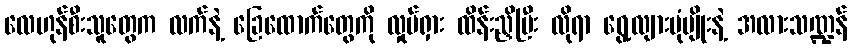
လေဟုန်စီးသူတွေက လက်နဲ့ ခြေထောက်တွေကို လှုပ်ရှား ထိန်းညှိပြီး လိုရာ ရွေ့လျားပုံမျိုးနဲ့ အလားသဏ္ဍန်